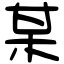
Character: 某